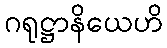
ဂရုဋ္ဌာနိယေဟိ